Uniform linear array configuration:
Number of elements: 24
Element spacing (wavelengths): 0.75
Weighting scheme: uniform
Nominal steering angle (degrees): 15
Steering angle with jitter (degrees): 16.079
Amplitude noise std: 0.05
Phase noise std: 0.05

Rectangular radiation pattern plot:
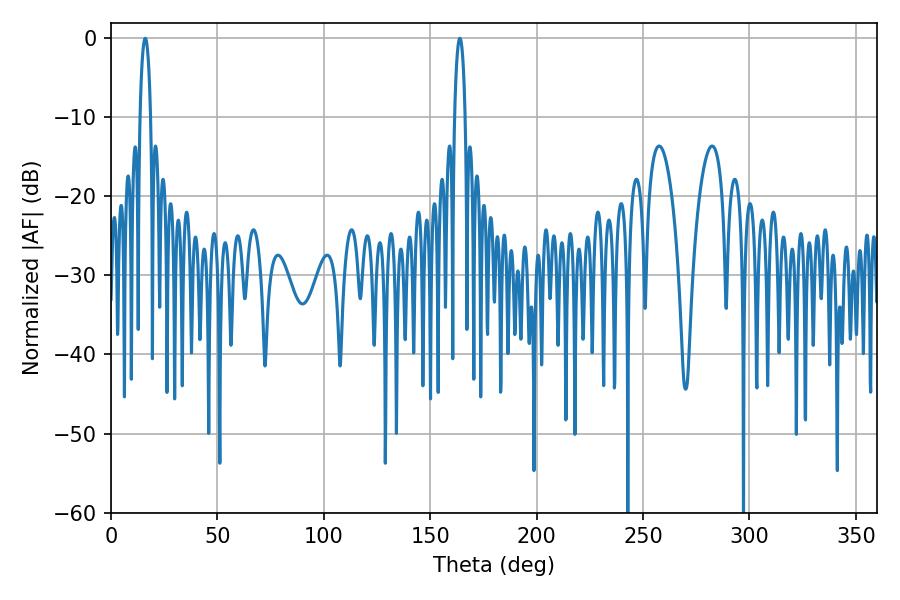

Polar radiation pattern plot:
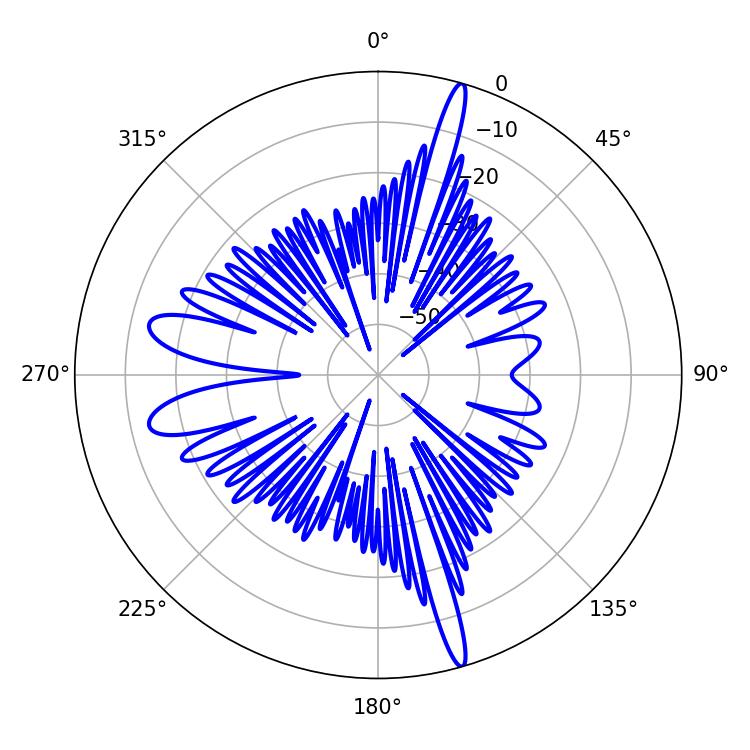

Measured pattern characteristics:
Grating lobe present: TRUE
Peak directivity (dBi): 20.428
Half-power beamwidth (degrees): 2.7
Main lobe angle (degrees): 16.02